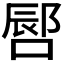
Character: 𪡪